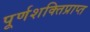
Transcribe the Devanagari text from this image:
पूर्णशक्तिप्राप्त